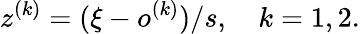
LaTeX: z^{(k)}=(\xi-o^{(k)})/s,\quad k=1,2.